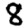
Digit: 8